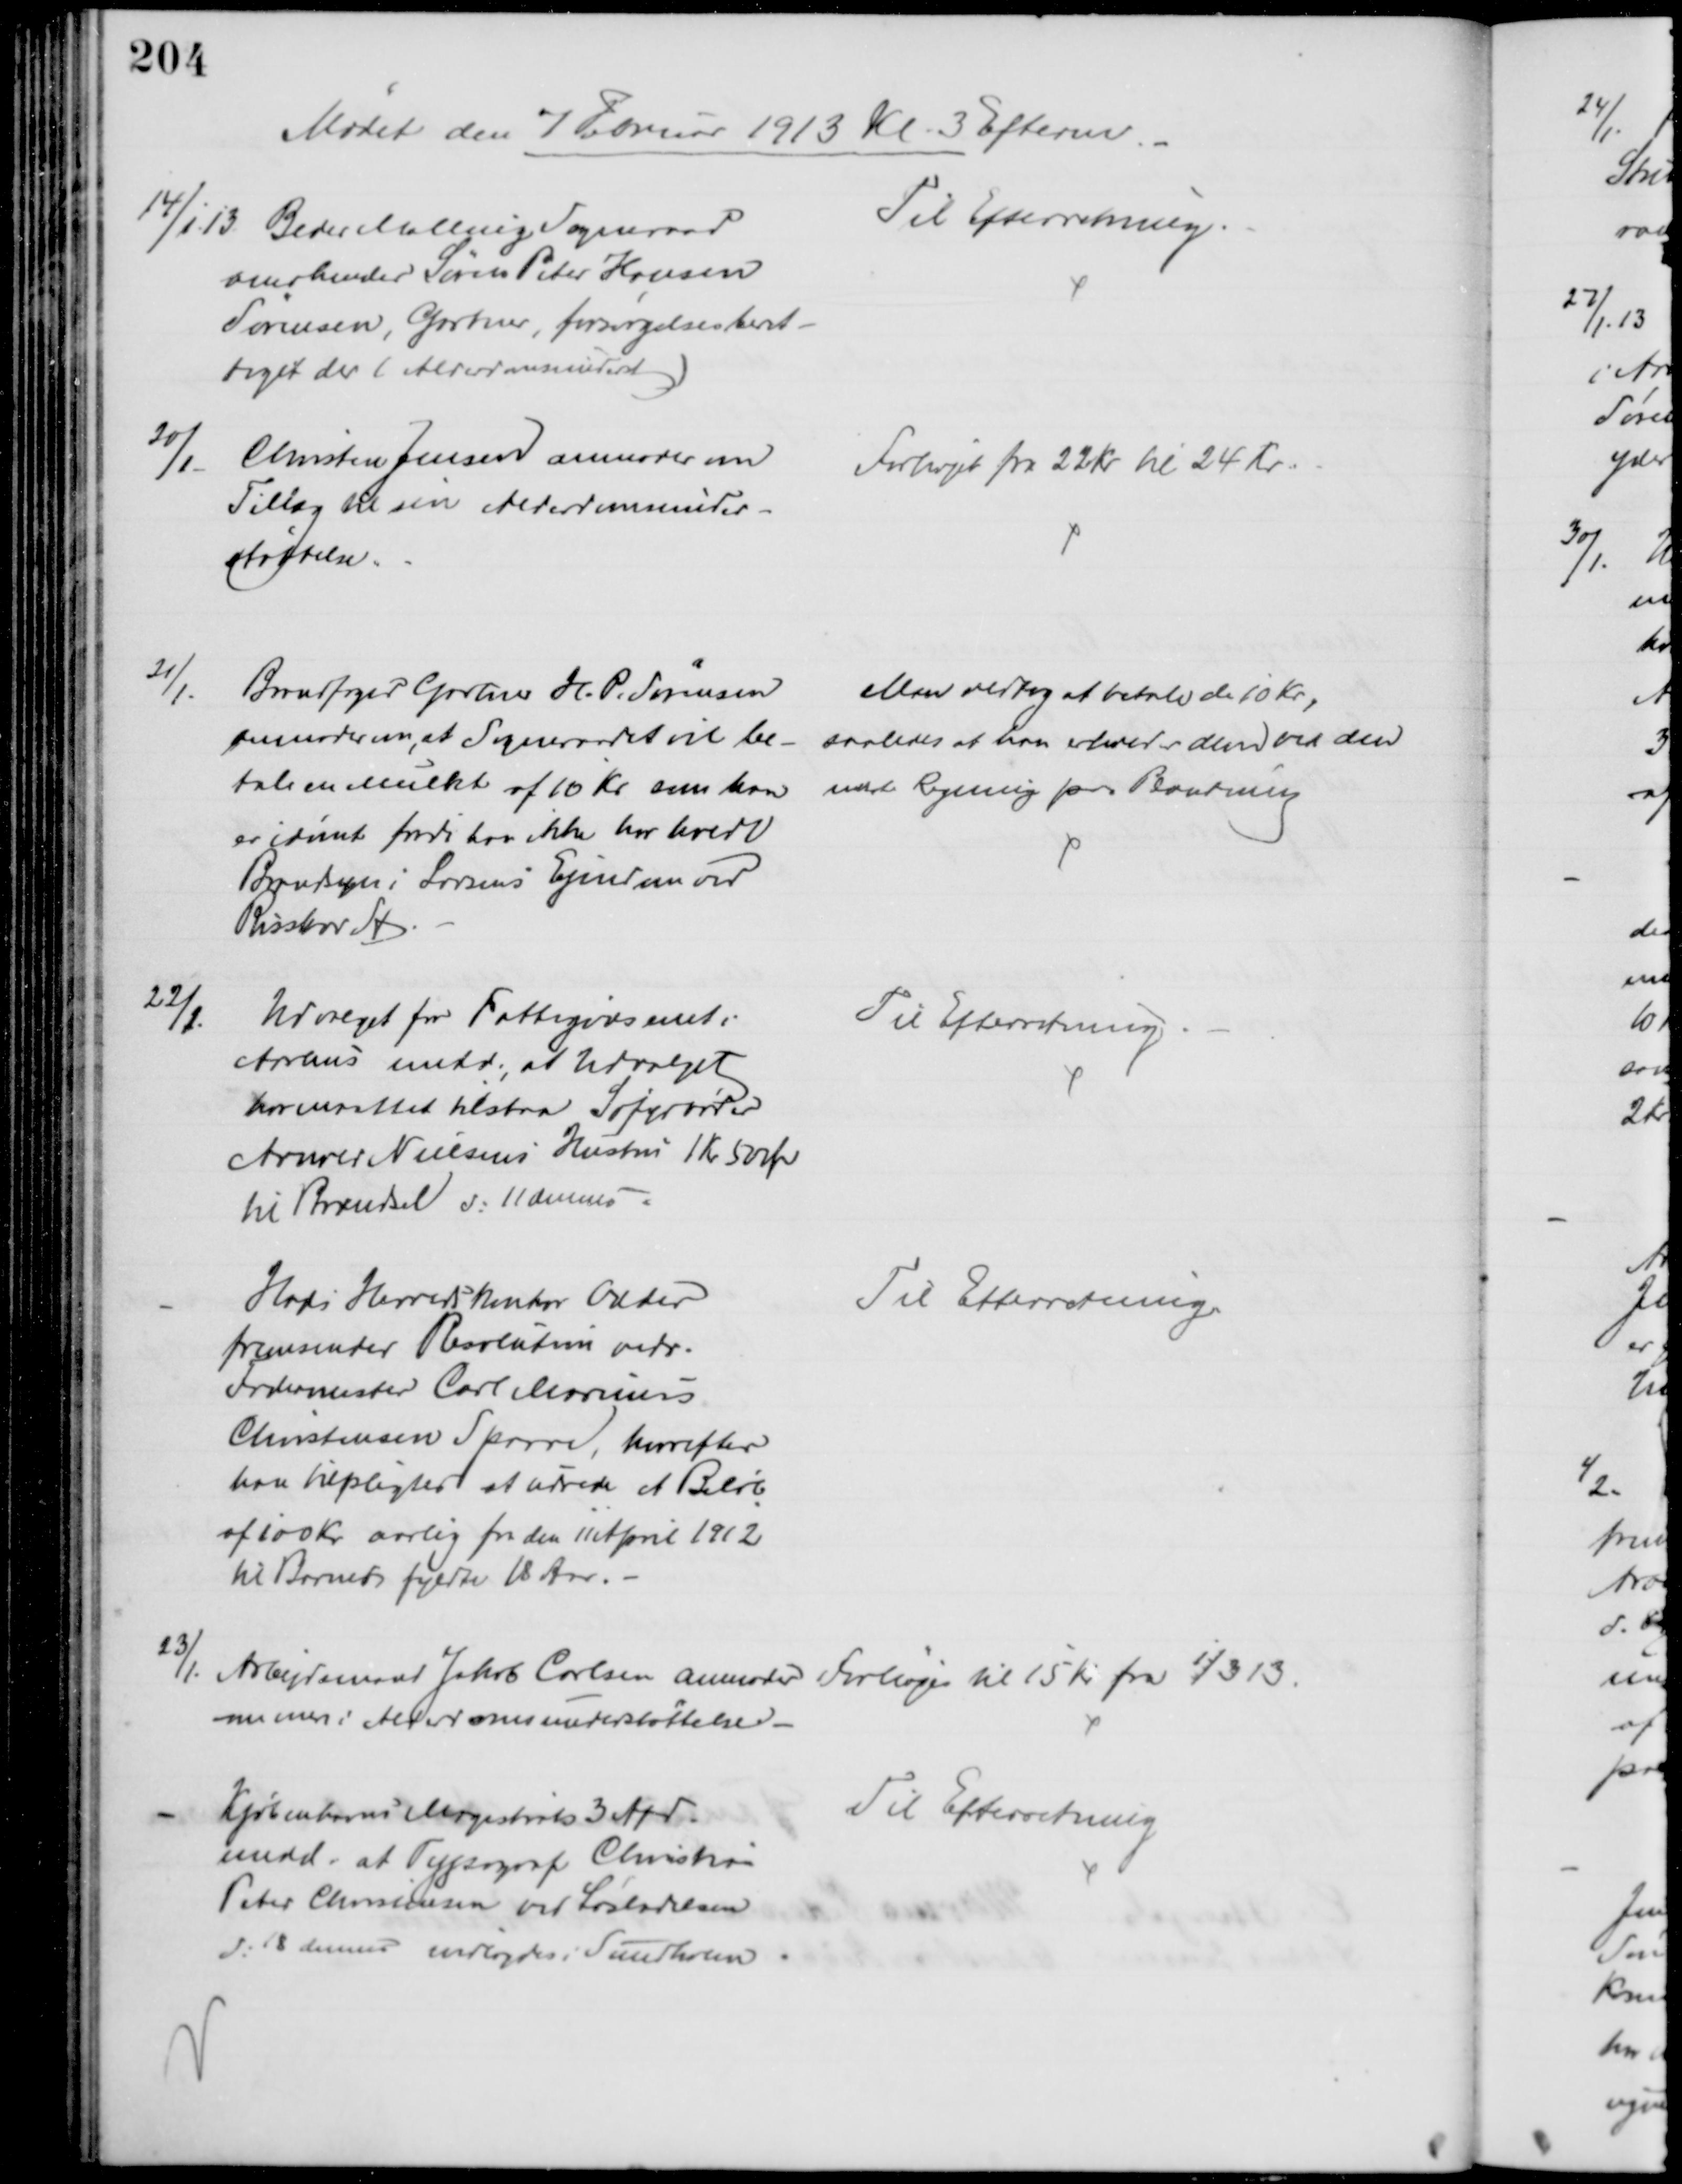
Transskription:
Mødet den 7 Februar 1913 Kl. 3 Efterm
14/1 13. Beder Malling Sogneraad
anerkender Søren Peter Hansen
Sørensen, Gartner, forsørgelsesberet-
tiget der (Alderdomsunderst.)
Til Efterretning.
20/1
Christen Jensen anmoder om
Tillæg til sin Alderdomsunder-
støttelse.
Forhøjet fra 22 Kr til 24 Kr.
21/1.
Brandfoged Gartner H. P. Sørensen
anmoder om, at Sogneraadet vil be-
tale en mulkt af 10 Kr som han
er idømt fordi han ikke har holdt
Brandsyn i Larsens Ejendom ved
Risskov St
Man vedtog at betale de 10 Kr.,
saaledes at han erholder dem ved den
næste Regning paa Plantning
22/1.
Udvalget for Fattigvæsenet i
Aarhus medd., at Udvalget
har maattet tilstaa Søfyrbøder
Arnold Nielsens Hustru 1 Kr 50 Ør
til Brændsel d: 11 dennes
Til Efterretning.
Hads Herredskontor Odder
fremsender Resolution vedr.
Fodermester Carl Marius
Christensen Sparre, hvorefter
han tilpligter at udrede et Beløb
af 100 Kr aarlig fra den 11 April 1912
til Barnets fyldte 18 Aar. 
Til Efterretning.
23/1. Arbejdsmand Jakob Carlsen anmoder
om mere i Alderdomsunderstøttelse
Forhøjes til 15 Kr fra 1/3 13.
Kjøbenhavns Magistrats 3 Afd.
medd. at Typograf Christian
Peter Christensen ved Løsladelsen
d. 18 dennes indlagdes i Sundholm
Til Efterretning